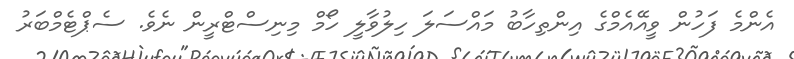
އެންމެ ފަހުން ވީއޭއެމްގެ އިންތިހާބު މައްސަލަ ހިލުވާލީ ހޯމް މިނިސްޓްރީން ނެވެ. ސެޕްޓެމްބަރު